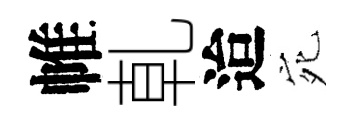
帷乹迨宛